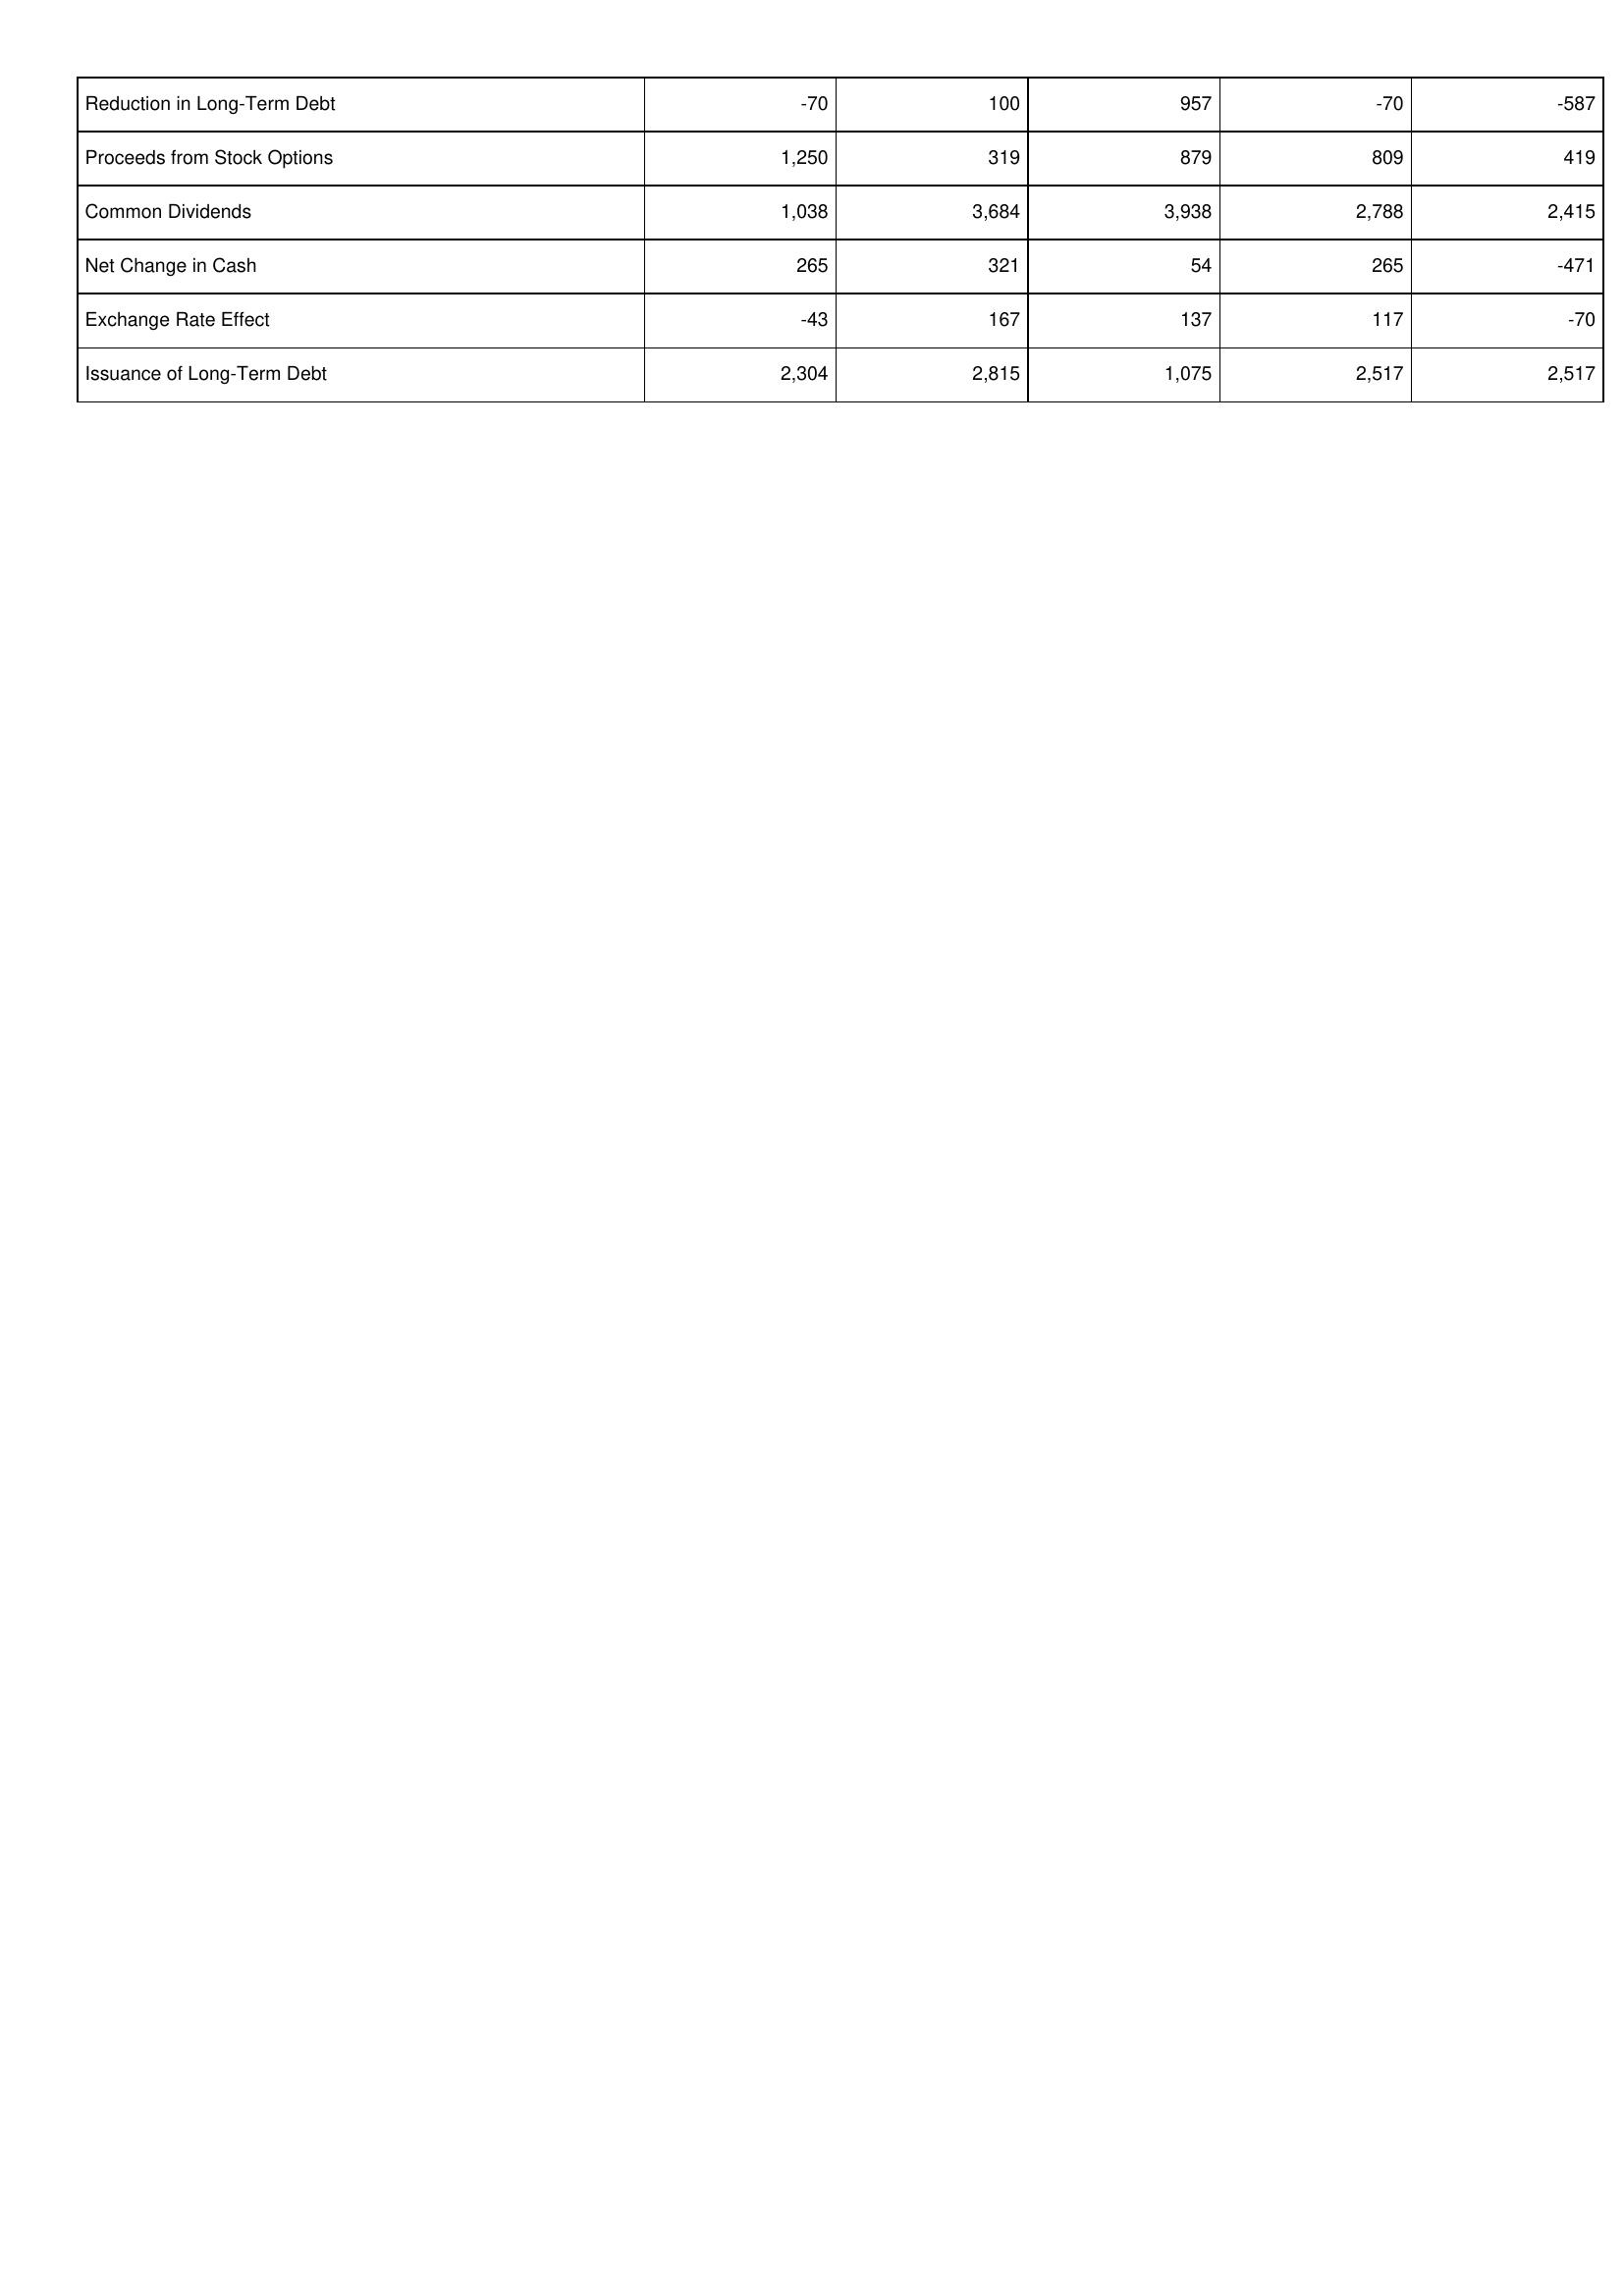
2010: Financing Activities: Reduction in Long-Term Debt: -70
Proceeds from Stock Options: 1,250
Common Dividends: 1,038
Net Change in Cash: 265
Exchange Rate Effect: -43
Issuance of Long-Term Debt: 2,304
2009: Financing Activities: Reduction in Long-Term Debt: 100
Proceeds from Stock Options: 319
Common Dividends: 3,684
Net Change in Cash: 321
Exchange Rate Effect: 167
Issuance of Long-Term Debt: 2,815
2008: Financing Activities: Reduction in Long-Term Debt: 957
Proceeds from Stock Options: 879
Common Dividends: 3,938
Net Change in Cash: 54
Exchange Rate Effect: 137
Issuance of Long-Term Debt: 1,075
2007: Financing Activities: Reduction in Long-Term Debt: -70
Proceeds from Stock Options: 809
Common Dividends: 2,788
Net Change in Cash: 265
Exchange Rate Effect: 117
Issuance of Long-Term Debt: 2,517
2006: Financing Activities: Reduction in Long-Term Debt: -587
Proceeds from Stock Options: 419
Common Dividends: 2,415
Net Change in Cash: -471
Exchange Rate Effect: -70
Issuance of Long-Term Debt: 2,517